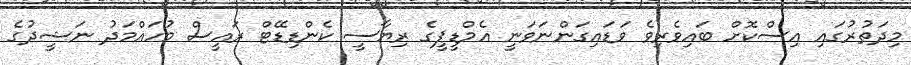
މިދަތުރުގައި އިސްކޮށް ބައިވެރިވެ ވަޑައިގަންނަވަނީ އެމްޑީޕީގެ ރިޔާސީ ކެންޑިޑޭޓް ރައީސް މުހައްމަދު ނަޝީދުގެ